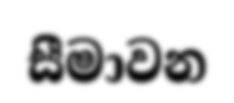
සීමාවන